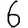
Digit: 6